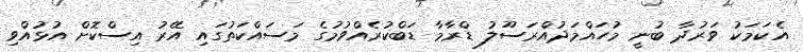
އެކަމަކު ވަރުދާ ބުނީ މުހައްމަދުއްރަސޫލު ޑްރާމާ ޑަބްކުރެއްވުމުގެ މަސައްކަތުގައި އޭރު އިސްކޮށް އުޅުއްވި